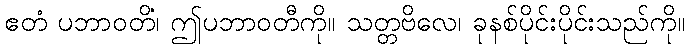
ဧတံ ပဘာဝတိံ၊ ဤပဘာဝတီကို။ သတ္တဗိလေ၊ ခုနစ်ပိုင်းပိုင်းသည်ကို။